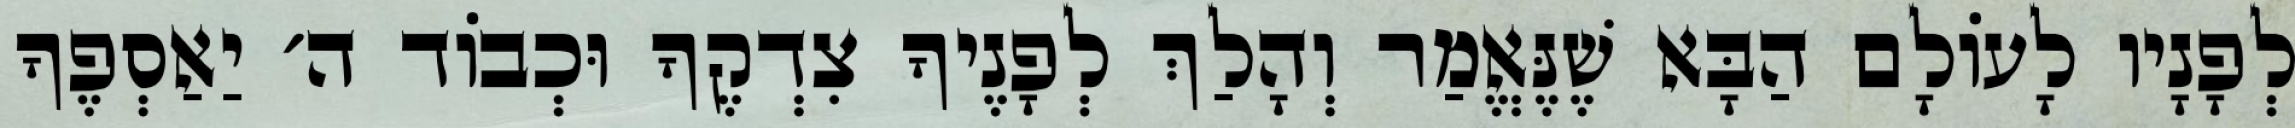
לְפָנָיו לָעוֹלָם הַבָּא שֶׁנֶּאֱמַר וְהָלַךְ לְפָנֶיךָ צִדְקֶךָ וּכְבוֹד ה׳ יַאַסְפֶךָ